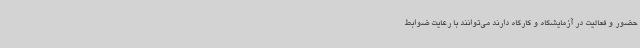
حضور و فعالیت در آزمایشگاه و کارگاه دارند می‌توانند با رعایت ضوابط